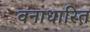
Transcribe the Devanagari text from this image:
वनाधारित